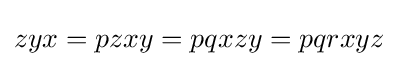
zyx=pzxy=pqxzy=pqrxyz